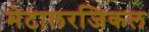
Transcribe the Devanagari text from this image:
मेटालरजिकल